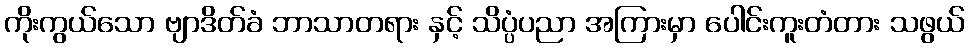
ကိုးကွယ်သော ဗျာဒိတ်ခံ ဘာသာတရား နှင့် သိပ္ပံပညာ အကြားမှာ ပေါင်းကူးတံတား သဖွယ်